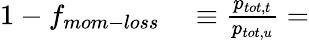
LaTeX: \begin{array}{rl}{1-f_{mom-loss}}&{{}\equiv\frac{p_{tot,t}}{p_{tot,u}}=}\end{array}